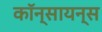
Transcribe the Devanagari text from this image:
कॉन्सायन्स